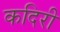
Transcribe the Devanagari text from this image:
कदिरी